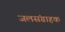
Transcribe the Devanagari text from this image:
जलसंग्राहक